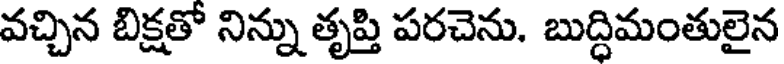
వచ్చిన బిక్షతో నిన్ను తృప్తి పరచెను. బుద్ధిమంతులైన